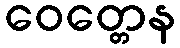
ဝေတ္တေန